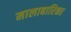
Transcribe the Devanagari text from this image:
मालाबारिका